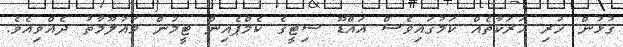
ގުޅުން ހުރި ހަރަކާތެއް ކަމުގައިވެސް އައްޑޫ ސިޓީގެ ކެމްޕެއިން ޓީމުން މައުލޫމާތު ދެއްވިއެވެ.